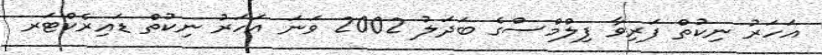
އަހަރު ނިކުތް ފަރިވާ ފިލްމްސްގެ ބަދަލު 2002 ވަނަ އަހަރު ނިކުތް ޑައިރެކްޓަރ